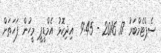
ސެޕްޓެމްބަރު 17